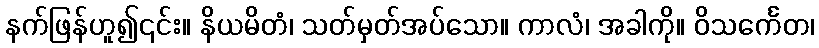
နက်ဖြန်ဟူ၍၎င်း။ နိယမိတံ၊ သတ်မှတ်အပ်သော။ ကာလံ၊ အခါကို။ ဝိသင်္ကေတ၊